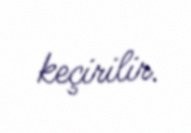
keçirilir.